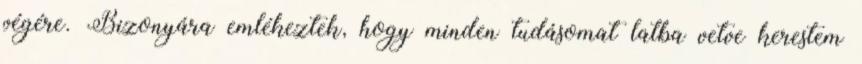
végére. Bizonyára emlékeztek, hogy minden tudásomat latba vetve kerestem